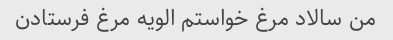
من سالاد مرغ خواستم الویه مرغ فرستادن